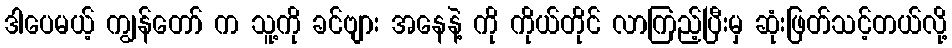
ဒါပေမယ့် ကျွန်တော် က သူ့ကို ခင်ဗျား အနေနဲ့ ကို ကိုယ်တိုင် လာကြည့်ပြီးမှ ဆုံးဖြတ်သင့်တယ်လို့